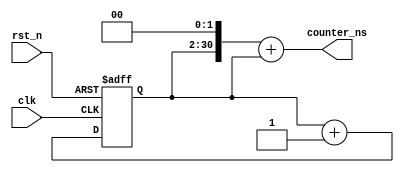
`timescale 1ns / 1ps
//////////////////////////////////////////////////////////////////////////////////
// Company: 
// Engineer: 
// 
// Design Name: 
// Module Name: counter
// Project Name: 
// Target Devices: 
// Tool Versions: 
// Description: 
// 
// Dependencies: 
// 
// Revision:
// Revision 0.01 - File Created
// Additional Comments:
// 
//////////////////////////////////////////////////////////////////////////////////


module counter
(
input               clk,
input               rst_n,
output      [31:0]  counter_ns
);

parameter DELAY = 2;


reg [28:0]  counter;

always @(posedge clk or negedge rst_n)    
begin
  if (~rst_n)begin                           
        counter <=#DELAY 0;
  end                    
  else begin                 
        counter <=#DELAY counter+1;
  end
end

assign  counter_ns = (counter<<2)+counter; // counter_ns=counter*5

endmodule